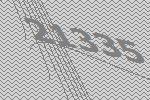
21335